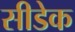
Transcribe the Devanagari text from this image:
सीडेक